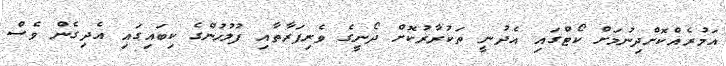
އަމުރެއްކޮށްދިނުމަށް ކޯޓްގައި އެދުނީ ތަކުރާރުކޮށް ދޯނީގެ ވެރިފަރާތާއި ފުލުހުންގެ ކިބައިގައި އެދިގެން ވެސް